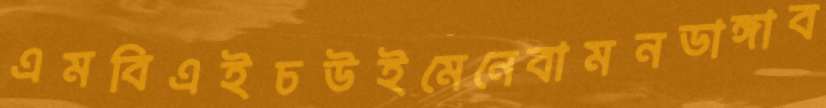
এমবিএইচউইমেনেবামনডাঙ্গাব